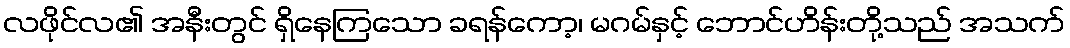
လဖိုင်လ၏ အနီးတွင် ရှိနေကြသော ခရန်ကော့၊ မဂမ်နှင့် ဘောင်ဟိန်းတို့သည် အသက်